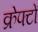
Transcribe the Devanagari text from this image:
क्रेफ्टों